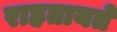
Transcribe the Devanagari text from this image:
राहतायते